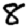
Digit: 8